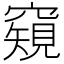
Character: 𥨖